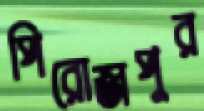
পিরোজপুর